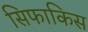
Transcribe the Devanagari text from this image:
सिफाकिस